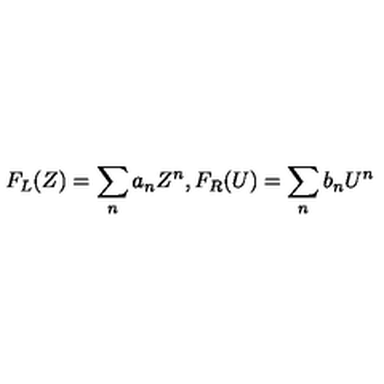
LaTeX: F _ { L } ( Z ) = \sum _ { n } a _ { n } Z ^ { n } , F _ { R } ( U ) = \sum _ { n } b _ { n } U ^ { n }